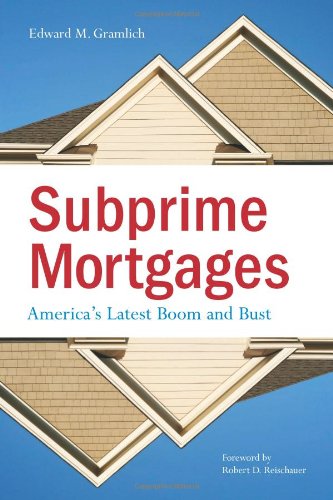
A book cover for Subprime Mortgages: America's Latest Boom and Bust; Edward Gramlich; Law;